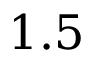
1 . 5